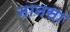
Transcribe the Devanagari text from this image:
नानसा